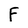
Character: F